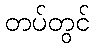
တပ်တွင်